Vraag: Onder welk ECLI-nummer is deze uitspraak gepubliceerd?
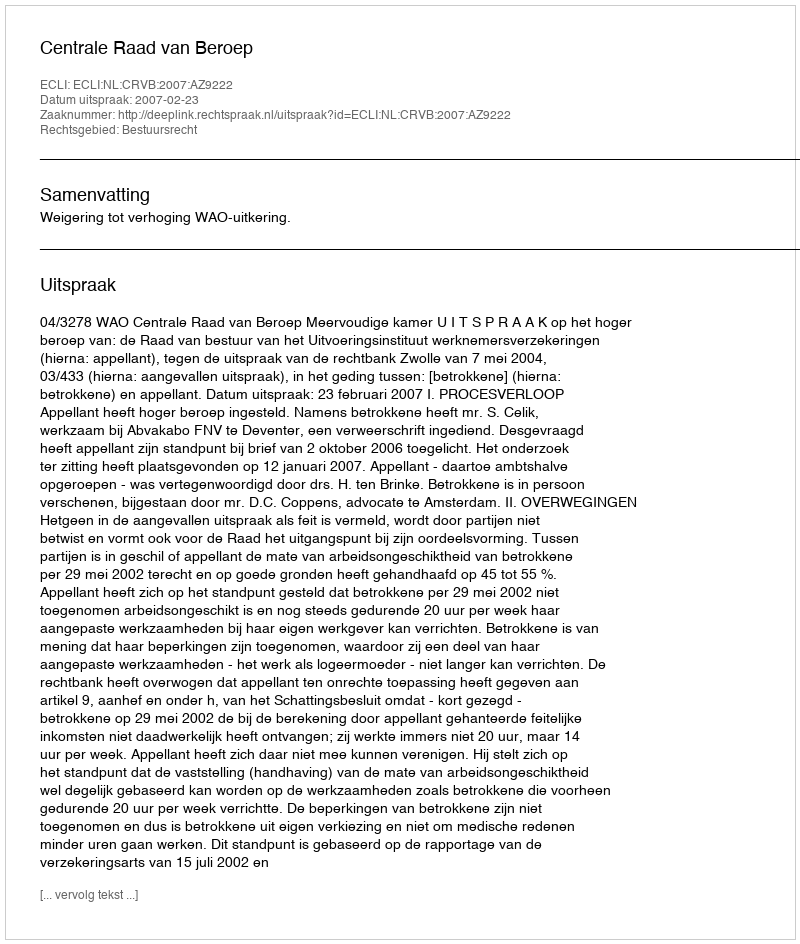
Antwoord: ECLI:NL:CRVB:2007:AZ9222